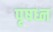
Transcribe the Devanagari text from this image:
पृषध्न